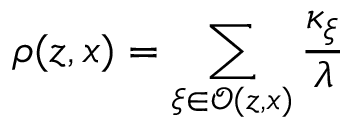
\rho ( z , x ) = \sum _ { \xi \in \mathcal { O } ( z , x ) } \frac { \kappa _ { \xi } } { \lambda }